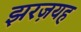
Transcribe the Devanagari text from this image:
झरज़यह